Indian journal of veterinary science and animal husbandry - Volumes 15-17, 1948-1951
Year: 1948
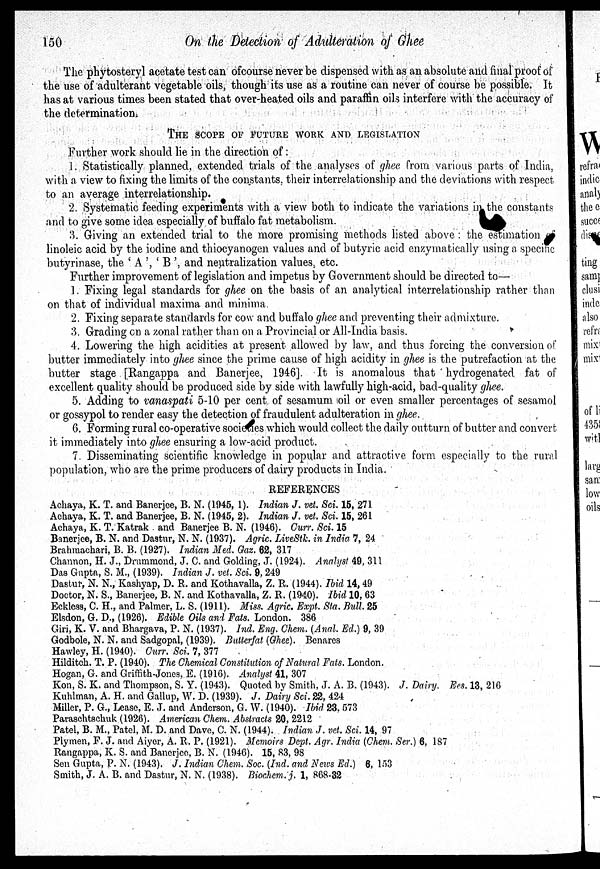
150
On the Detection of Adulteration of Ghee
The phytosteryl acetate test can ofcourse never be dispensed with as an absolute and final proof of
the use of adulterant vegetable oils, though its use as a routine can never of course be possible. It
has at various times been stated that over-heated oils and paraffin oils interfere with the accuracy of
the determination.
THE SCOPE OF FUTURE WORK AND LEGISLATION
Further work should lie in the direction of:
1. Statistically planned, extended trials of the analyses of ghee from various parts of India,
with a view to fixing the limits of the constants, their interrelationship and the deviations with respect
to an average interrelationship.
2. Systematic feeding experiments with a view both to indicate the variations in the constants
and to give some idea especially of buffalo fat metabolism.
3. Giving an extended trial to the more promising methods listed above : the estimation
linoleic acid by the iodine and thiocyanogen values and of butyric acid enzymatically using a specific
butyrinase, the ' A ', ' B', and neutralization values. etc.
Further improvement of legislation and impetus by Government should be directed to—
1. Fixing legal standards for ghee on the basis of an analytical interrelationship rather than
on that of individual maxima and minima.
2. Fixing separate standards for cow and buffalo ghee and preventing their admixture.
3. Grading on a zonal rather than on a Provincial or All-India basis.
4. Lowering the high acidities at present allowed by law, and thus forcing the conversion of
butter immediately into ghee since the prime cause of high acidity in ghee is the putrefaction at the
butter stage [Rangappa and Banerjee, 1946]. It is anomalous that hydrogenated fat of
excellent quality should be produced side by side with lawfully high-acid, bad-quality ghee.
5. Adding to vanaspati 5-10 per cent of sesamum oil or even smaller percentages of sesamol
or gossypol to render easy the detection of fraudulent adulteration in ghee.
6. Forming rural co-operative societies which would collect the daily outturn of butter and convert
it immediately into ghee ensuring a low-acid product.
7. Disseminating scientific knowledge in popular and attractive form especially to the rural
population, who are the prime producers of dairy products in India.
REFERENCES
Achaya, K. T. and Banerjee, B. N. (1945, 1). Indian J. vet. Sci. 15, 271
Achaya, K. T. and Banerjee, B. N. (1945, 2). Indian J. vet. Sci. 15, 261
Achaya, K. T. Katrak and Banerjee B. N. (1946). Curr. Sci. 15
Banerjee, B. N. and Dastur, N. N. (1937). Agric. LiveStk. in India 7, 24
Brahmachari, B. B. (1927). Indian Med. Gaz. 62, 317
Channon, H. J., Drummond, J. C. and Golding, J. (1924). Analyst 49, 311
Das Gupta, S. M., (1939). Indian J. vet. Sci. 9, 249
Dastur, N. N., Kashyap, D. R. and Kothavalla, Z. R. (1944). Ibid 14, 49
Doctor, N. S., Banerjee, B. N. and Kothavalla, Z. R. (1940). Ibid 10, 63
Eckless, C. H., and Palmer, L. S. (1911). Miss. Agric. Expt. Sta. Bull. 25
Elsdon, G. D., (1926). Edible Oils and Fats. London. 386
Giri, K. V. and Bhargava, P. N. (1937). Ind. Eng. Chem. (Anal. Ed.) 9, 39
Godbole, N. N. and Sadgopal, (1939). Butterfat (Ghee). Benares
Hawley, H. (1940). Curr. Sci. 7, 377
Hilditch. T. P. (1940). The Chemical Constitution of Natural Fats. London.
Hogan, G. and Griffith-Jones, E. (1916). Analyst 41, 307
Kon, S. K. and Thompson, S. Y. (1943). Quoted by Smith. J. A. B. (1943). J. Dairy. Ecs. 13, 216
Kuhlman, A. H. and Gallup, W. D. (1939). J. Dairy Sci. 22, 424
Miller, P. G., Lease, E. J. and Anderson, G. W. (1940). Ibid 23, 573
Paraschtschuk (1926). American Chem. Abstracts 20, 2212
Patel, B. M., Patel, M. D. and Dave, C. N. (1944). Indian J. vet. Sci. 14, 97
Plymen, F. J. and Aiyer, A. R. P. (1921). Memoirs Dept. Agr. India (Chem. Ser.) 6, 187
Rangappa, K. S. and Banerjee, B. N. (1946). 15, 83, 98
Sen Gupta, P. N. (1943). J. Indian Chem. Soc. (Ind. and News Ed.) 6, 153
Smith, J. A. B. and Dastur, N. N. (1938). Biochem. j. 1, 868-32